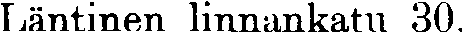
Läntinen linnankatu 30.